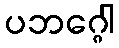
ပဘဂ္ဂေါ